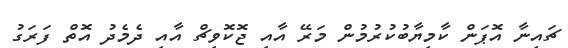
ޗައިނާ އޮޕަން ކާމިޔާބުކުރުމުން މަރޭ އާއި ޖޮކޮވިޗް އާއި ދެމެދު އޮތް ފަރަގު